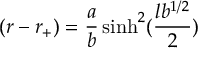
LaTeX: ( r - r _ { + } ) = { \frac { a } { b } } \sinh ^ { 2 } ( { \frac { l b ^ { 1 / 2 } } { 2 } } )